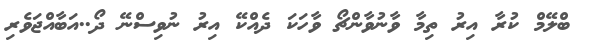
ބްލޭމް ކުރާ އިރު ތިމާ ވާނުވާންޗޯ ވާހަކަ ދެއްކޭ އިރު ނުވިސްނޭ ދޯ..އަބާއްޖަވެރި